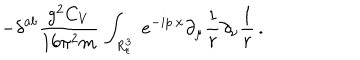
LaTeX: \displaystyle - { \delta } ^ { a b } \frac { g ^ { 2 } C _ { V } } { 1 6 \pi ^ { 2 } m } \, \int _ { R _ { \epsilon } ^ { 3 } } ~ e ^ { - i p . x } \partial _ { \mu } \frac 1 r \partial _ { \nu } \frac 1 r \, .